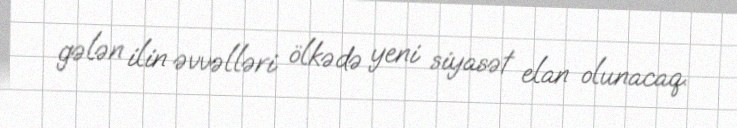
gələn ilin əvvəlləri ölkədə yeni siyasət elan olunacaq.